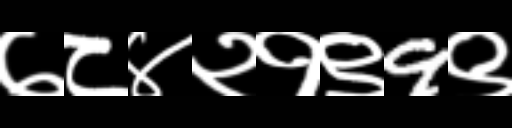
Text: ७८४२१९9९